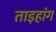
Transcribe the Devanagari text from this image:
ताइहांग